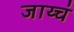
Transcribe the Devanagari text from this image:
जाय्चं